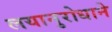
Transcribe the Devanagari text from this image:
लयानुरोधाने